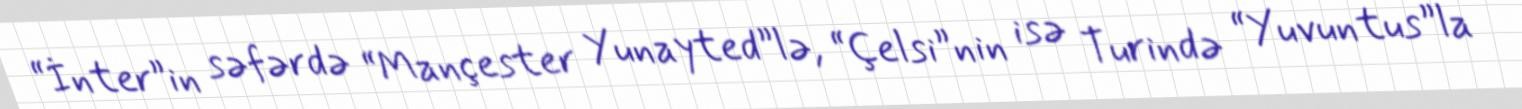
“İnter”in səfərdə “Mançester Yunayted”lə, “Çelsi”nin isə Turində “Yuvuntus”la